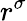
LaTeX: r^{\sigma}